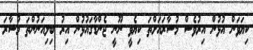
ކިޔަވަން އުޅުން އިރުވެސް މުސާރައަށްތަ ކިޔެވީ ނޫނީ ޖެންޑާގައުޅުން އިރު ބިލިއަނުންތަ މުސާރަ